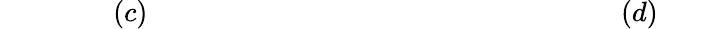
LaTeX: ~~~~~~~~~~~~~~~~(c)~~~~~~~~~~~~~~~~~~~~~~~~~~~~~~~~~~~~~~~~~~~~~~~~~~~~~~~~~~~~~~~~~~~(d)~~~~~~~~